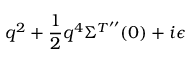
q ^ { 2 } + \frac { 1 } { 2 } q ^ { 4 } \Sigma ^ { T ^ { \prime \prime } } ( 0 ) + i \epsilon